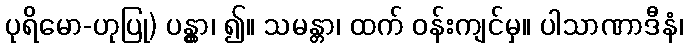
ပုရိမော-ဟုပြု) ပန္တွာ၊ ၍။ သမန္တာ၊ ထက် ဝန်းကျင်မှ။ ပါသာဏာဒီနံ၊